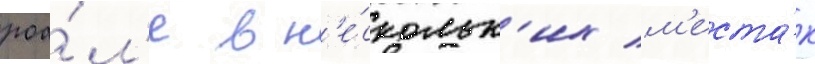
роа́л'е в н'е́скольк'их м'еста́х